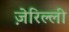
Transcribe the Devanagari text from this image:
ज़ेरिल्ली